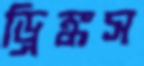
ড্রিঙ্কস